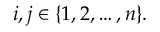
i , j \in \{ 1 , 2 , \dots , n \} .